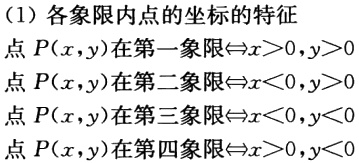
(1) 各象限内点的坐标的特征

点\(P(x,y)\)在第一象限\(\Leftrightarrow x > 0,y > 0\)

点\(P(x,y)\)在第二象限\(\Leftrightarrow x < 0,y > 0\)

点\(P(x,y)\)在第三象限\(\Leftrightarrow x < 0,y < 0\)

点\(P(x,y)\)在第四象限\(\Leftrightarrow x > 0,y < 0\)